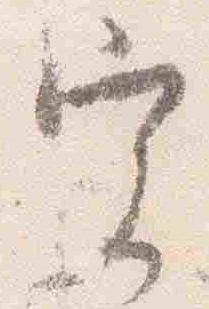
実